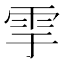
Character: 𩁹